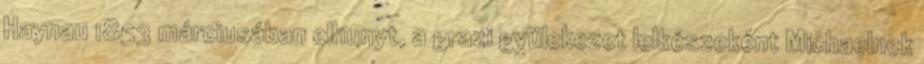
Haynau 1853 márciusában elhunyt, a grazi gyülekezet lelkészeként Michaelnek